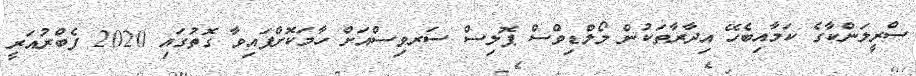
ސްރީލަންކާގެ ކަމާއިބެހޭ އިދާރާތަކުން މޯލްޑިވްސް ޕޮލިސް ސަރވިސްއަށް ހާމަކޮށްފައިވާ ގޮތުގައި 2020 ފެބްރުއަރީ